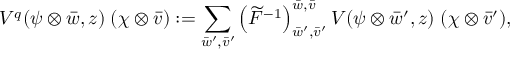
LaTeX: V ^ { q } ( \psi \otimes \bar { w } , z ) \; ( \chi \otimes \bar { v } ) : = \sum _ { \bar { w } ^ { \prime } , \bar { v } ^ { \prime } } \left( \widetilde { F } ^ { - 1 } \right) _ { \bar { w } ^ { \prime } , \bar { v } ^ { \prime } } ^ { \bar { w } , \bar { v } } V ( \psi \otimes \bar { w } ^ { \prime } , z ) \; ( \chi \otimes \bar { v } ^ { \prime } ) ,